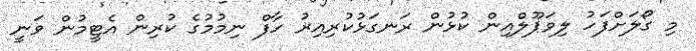
މި ގޯލަށްފަހު ލިވަޕޫލްއިން ކުޅުން ރަނގަޅުކުރިއިރު ހާފް ނިމުމުގެ ކުރިން އެޓީމުން ވަނީ